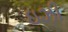
ઇઝી